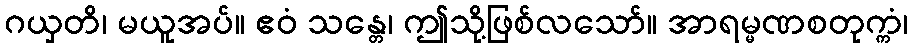
ဂယှတိ၊ မယူအပ်။ ဧဝံ သန္တေ၊ ဤသို့ဖြစ်လသော်။ အာရမ္မဏစတုက္ကံ၊